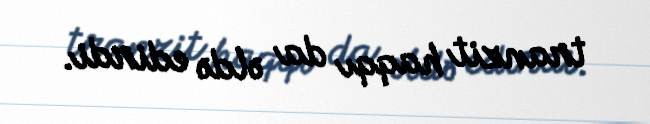
tranzit haqqı da əldə edirdi.